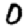
Digit: 0